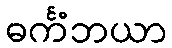
ဓင်္ကံဘယာ